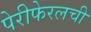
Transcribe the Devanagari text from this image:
पेरीफेरलची